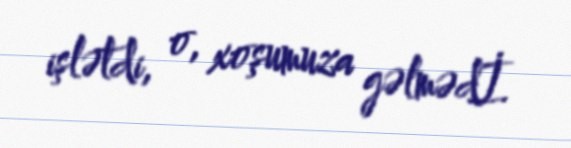
işlətdi, o, xoşumuza gəlmədİ.